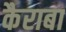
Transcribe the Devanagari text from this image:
कैराबा